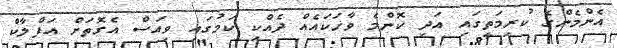
އެންމެންގެ ކުރިމަތީގައި އަދި ކޮންމެ ވާހަކައެއް ދެއްކި ކަމުގައި ވިއަސް އެގޮތަށް އަފްލާކް